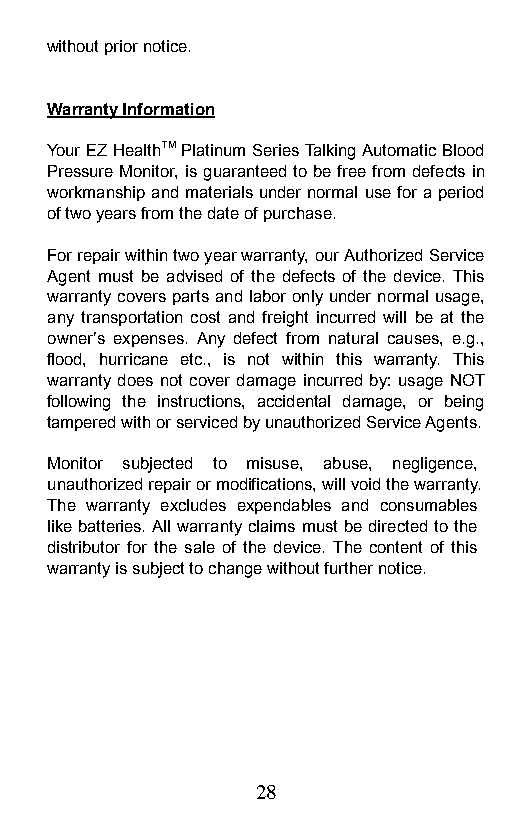
without prior notice.
 Warranty Information
 Your EZ HealthTM Platinum Series Talking Automatic Blood
 Pressure Monitor, is guaranteed to be free from defects in
 workmanship and materials under normal use for a period
 of two years from the date of purchase.
 For repair within two year warranty, our Authorized Service
 Agent must be advised of the defects of the device. This
 warranty covers parts and labor only under normal usage,
 any transportation cost and freight incurred will be at the
 owner’s expenses. Any defect from natural causes, e.g.,
 flood, hurricane etc., is not within this warranty. This
 warranty does not cover damage incurred by: usage NOT
 following the instructions, accidental damage, or being
 tampered with or serviced by unauthorized Service Agents.
 Monitor subjected to misuse, abuse, negligence,
 unauthorized repair or modifications, will void the warranty.
 The warranty excludes expendables and consumables
 like batteries. All warranty claims must be directed to the
 distributor for the sale of the device. The content of this
 warranty is subject to change without further notice.
 28